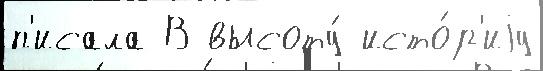
п'исала В высоту́ исто́р'иjу